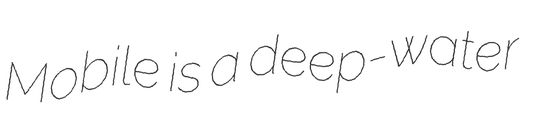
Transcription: Mobile is a deep-water